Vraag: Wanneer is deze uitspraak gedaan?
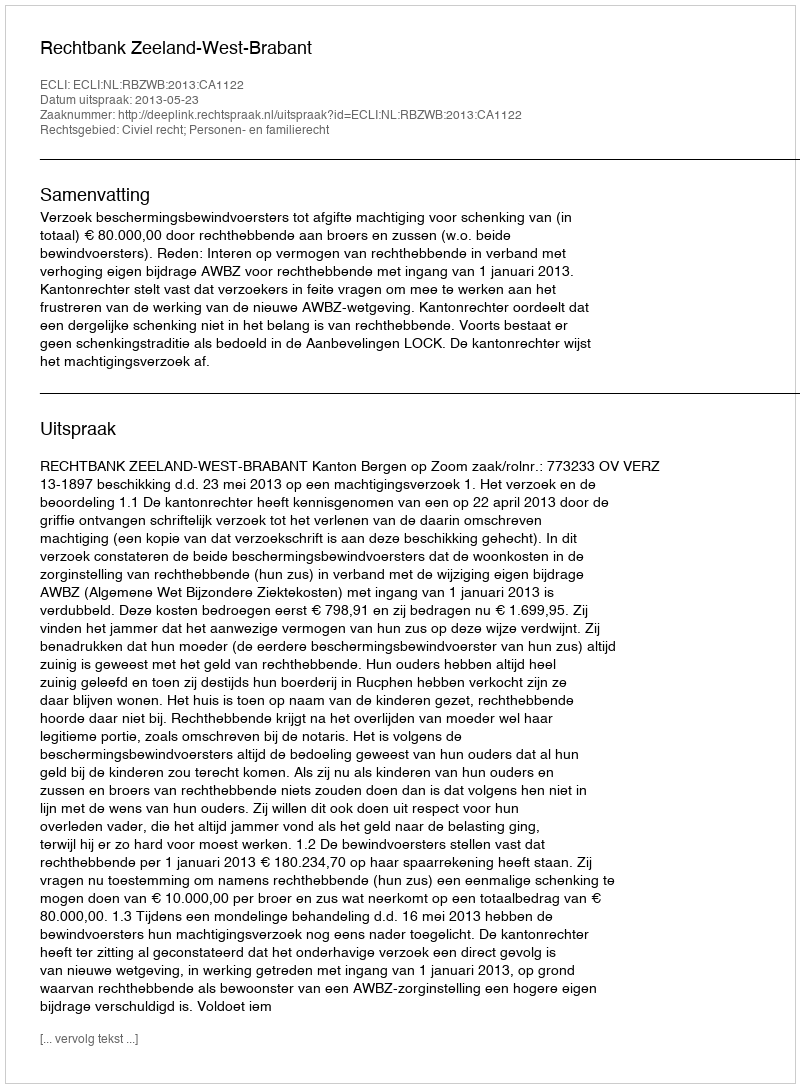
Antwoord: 2013-05-23